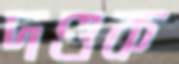
দণ্ডক